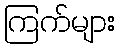
ကြက်များ